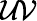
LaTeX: \mathcal{UV}